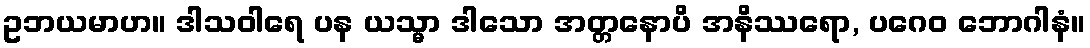
ဥဘယမာဟ။ ဒါသဝါရေ ပန ယသ္မာ ဒါသော အတ္တနောပိ အနိဿရော, ပဂေဝ ဘောဂါနံ။